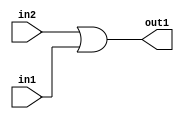
`timescale 1ps / 1ps
/*****************************************************************************
    Verilog RTL Description
    
    
    Created by: Stratus DpOpt 2019.1.01 
*******************************************************************************/

module mac_Or_1Ux1U_1U_1 (
	in2,
	in1,
	out1
	); /* architecture "behavioural" */ 
input  in2,
	in1;
output  out1;
wire  asc001;

assign asc001 = 
	(in2)
	|(in1);

assign out1 = asc001;
endmodule

/* CADENCE  urb0TQk= : u9/ySgnWtBlWxVPRXgAZ4Og= ** DO NOT EDIT THIS LINE ******/